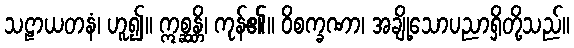
သဠာယတနံ၊ ဟူ၍။ ဣစ္ဆန္တိ၊ ကုန်၏။ ဝိစက္ခဏာ၊ အချို့သောပညာရှိတို့သည်။